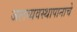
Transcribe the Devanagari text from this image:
जलव्यवस्थापानाचे